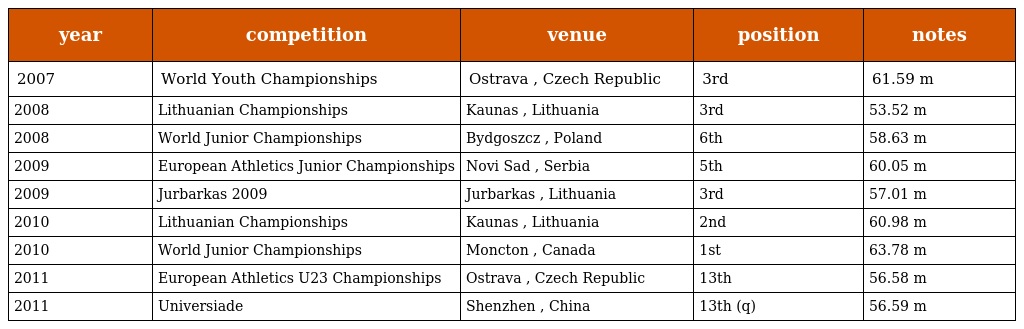
| year | competition | venue | position | notes |
 | --- | --- | --- | --- | --- |
 | 2007 | World Youth Championships | Ostrava , Czech Republic | 3rd | 61.59 m |
 | 2008 | Lithuanian Championships | Kaunas , Lithuania | 3rd | 53.52 m |
 | 2008 | World Junior Championships | Bydgoszcz , Poland | 6th | 58.63 m |
 | 2009 | European Athletics Junior Championships | Novi Sad , Serbia | 5th | 60.05 m |
 | 2009 | Jurbarkas 2009 | Jurbarkas , Lithuania | 3rd | 57.01 m |
 | 2010 | Lithuanian Championships | Kaunas , Lithuania | 2nd | 60.98 m |
 | 2010 | World Junior Championships | Moncton , Canada | 1st | 63.78 m |
 | 2011 | European Athletics U23 Championships | Ostrava , Czech Republic | 13th | 56.58 m |
 | 2011 | Universiade | Shenzhen , China | 13th (q) | 56.59 m |